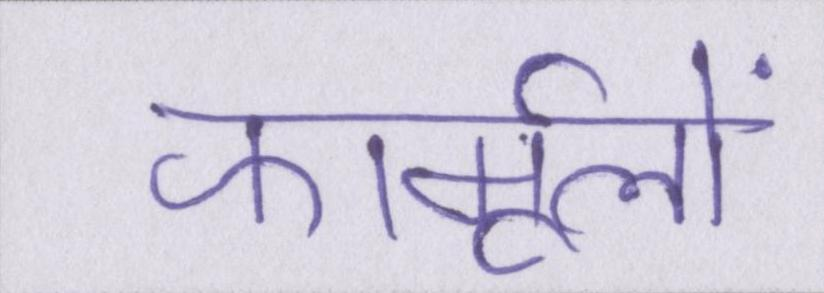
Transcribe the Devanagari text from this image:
फार्मूलों